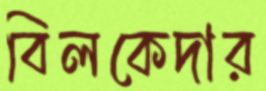
বিলকেদার